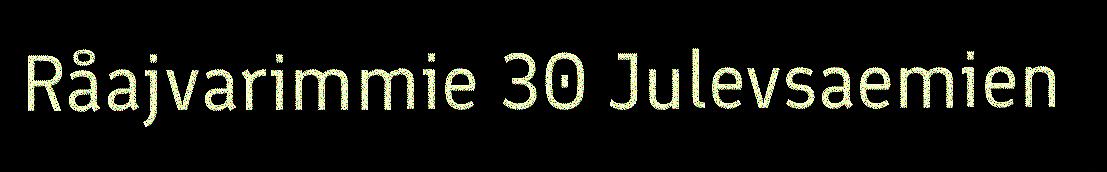
Råajvarimmie 30 Julevsaemien